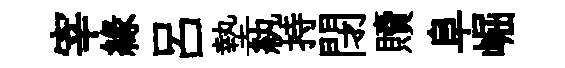
宰緣呂墊紈持閉贖阜崛